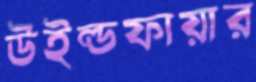
উইল্ডফায়ার